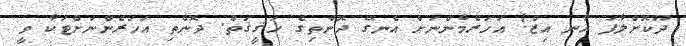
ދޫކޮށްލާފަ އާނ އިޒް! އަހަރެމެންނަށް އެނގޭ ދޮންތިގެ ހަޤީޤަތް. ދޮންތި އަހަރެންނަށްޓަކާ ވީ